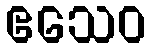
ဧသေဝ